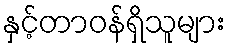
နှင့်တာဝန်ရှိသူများ